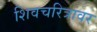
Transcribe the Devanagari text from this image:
शिवचरित्रावर